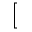
[